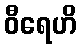
ဝီရေဟိ